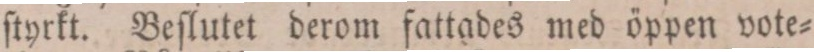
ſtyrkt. Beſlutet derom fattades med öppen vote=